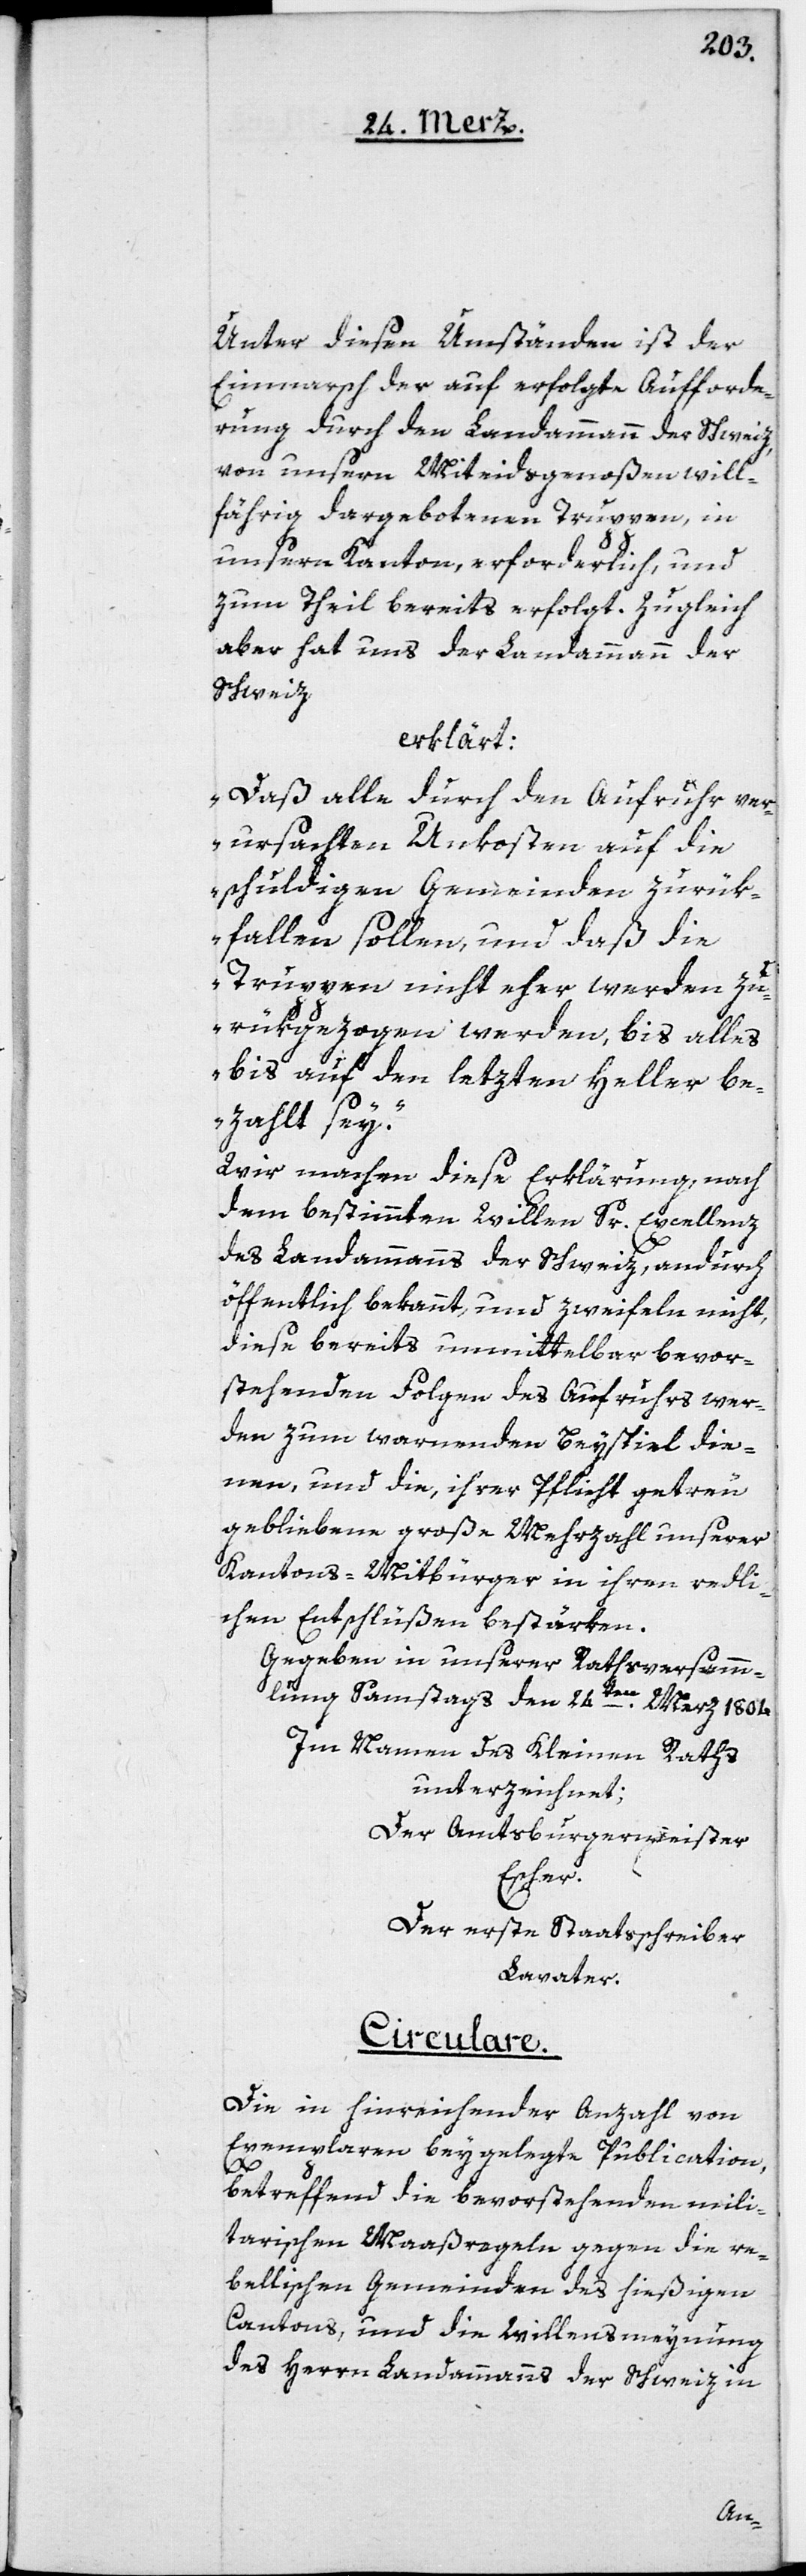
Unter diesen Umständen ist der
Einmarsch der auf erfolgte Aufforde¬
rung durch den Landammann der Schweiz
von unsern Miteidsgenoßen will¬
fährig dargebotenen Truppen, in
unseren Kanton, erforderlich, und
zum Theil bereits erfolgt. Zugleich
aber hat uns der Landammann der
Schweiz
erklärt:
„Dass alle durch den Aufruhr ver¬
ursachten Unkosten auf die
schuldigen Gemeinden zurük¬
fallen sollen, und daß die
Truppen nicht eher werden zu¬
rükgezogen werden, bis alles
bis auf den letzten Heller be¬
zahlt sey“.
Wir machen diese Erklärung nach
dem bestimmten Willen Sr. Excellenz
des Landammanns der Schweiz, andurch
öffentlich bekannt, und zweifeln nicht,
diese bereits unmittelbar bevor¬
stehenden Folgen des Aufruhrs wer¬
den zum warnenden Beyspiel die¬
nen, und die, ihrer Pflicht getreu
gebliebene große Mehrzahl unserer
Kantons-Mitbürger in ihren redli¬
chen Entschlüßen bestärken.
Gegeben in unserer Rathsversamm¬
lung, Samstag den 24ten Merz 1804.
Im Namen des Kleinen Raths
unterzeichnet:
Der Amtsburgermeister
Escher.
Der erste Staatsschreiber
Lavater.
Circulare.
Die in hinreichender Anzahl von
Exemplaren beygelegte Publication,
betreffend die bevorstehenden mili¬
tarischen Maaßregeln gegen die re¬
bellischen Gemeinden des hießigen
Cantons, und die Willensmeynung
des Herren Landammanns der Schweiz in